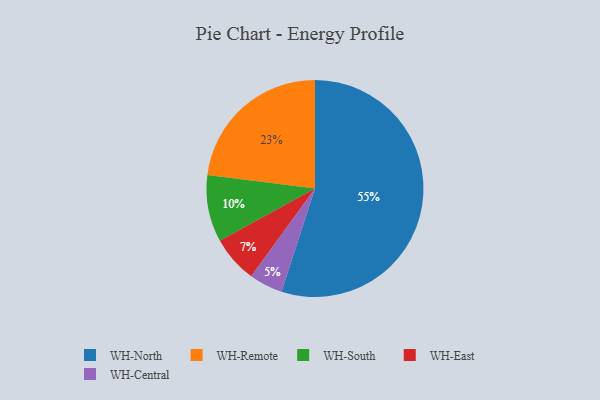
{"axis": {"x": "Category", "y": "Percentage"}, "legend": ["WH-Central", "WH-East", "WH-North", "WH-Remote", "WH-South"], "data": [{"x": "WH-Remote", "y": 23, "type": "WH-Remote"}, {"x": "WH-South", "y": 10, "type": "WH-South"}, {"x": "WH-North", "y": 55, "type": "WH-North"}, {"x": "WH-East", "y": 7, "type": "WH-East"}, {"x": "WH-Central", "y": 5, "type": "WH-Central"}]}